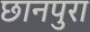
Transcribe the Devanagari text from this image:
छानपुरा